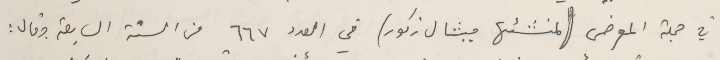
في مجلة المعرض (لمنشئها ميشال زكور) في العدد ٦٦٧ من السنة السابعة وقال :